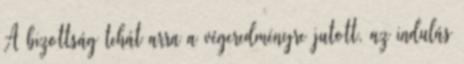
A bizottság tehát arra a végeredményre jutott, az indulás